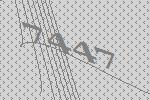
7447